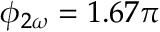
\phi _ { 2 \omega } = 1 . 6 7 \pi